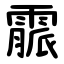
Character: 霢